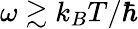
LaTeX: \omega\gtrsim k_{B}T/\hbar